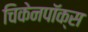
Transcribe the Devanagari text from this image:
चिकेनपॉक्स